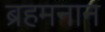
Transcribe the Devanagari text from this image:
ब्रहमनान